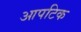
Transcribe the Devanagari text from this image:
आपटिक